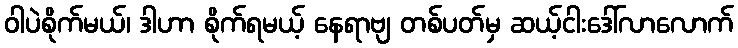
ဝါပဲစိုက်မယ်၊ ဒါဟာ စိုက်ရမယ့် နေရာဗျ တစ်ပတ်မှ ဆယ့်ငါးဒေါ်လာလောက်